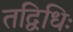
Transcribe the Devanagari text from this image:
तद्विधिः